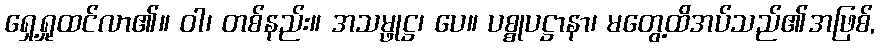
ရှေ့ရှုထင်လာ၏။ ဝါ၊ တစ်နည်း။ အသမ္ဖုဋ္ဌ၊ ပေ။ ပစ္စုပဋ္ဌာနာ၊ မတွေ့ထိအပ်သည်၏အဖြစ်,